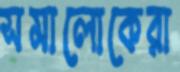
সমালোকেরা